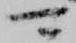
可